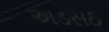
અડસઠ